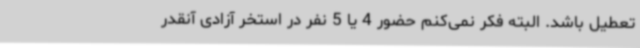
تعطیل باشد. البته فکر نمی‌کنم حضور 4 یا 5 نفر در استخر آزادی آنقدر